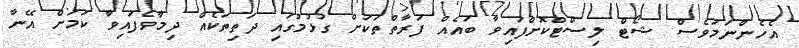
އެހެންނަމަވެސް ޝޯޓް ލިސްޓްކޮށްފައިވާ ބައެއް ފަރާތްތަކަށް ގުޅުމުގައި ދަތިތަކެއް ދިމާވެފައިވާ ކަމަށް އޭނާ